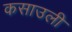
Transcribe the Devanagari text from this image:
कसाउली